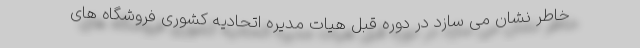
خاطر نشان می سازد در دوره قبل هیات مدیره اتحادیه کشوری فروشگاه های